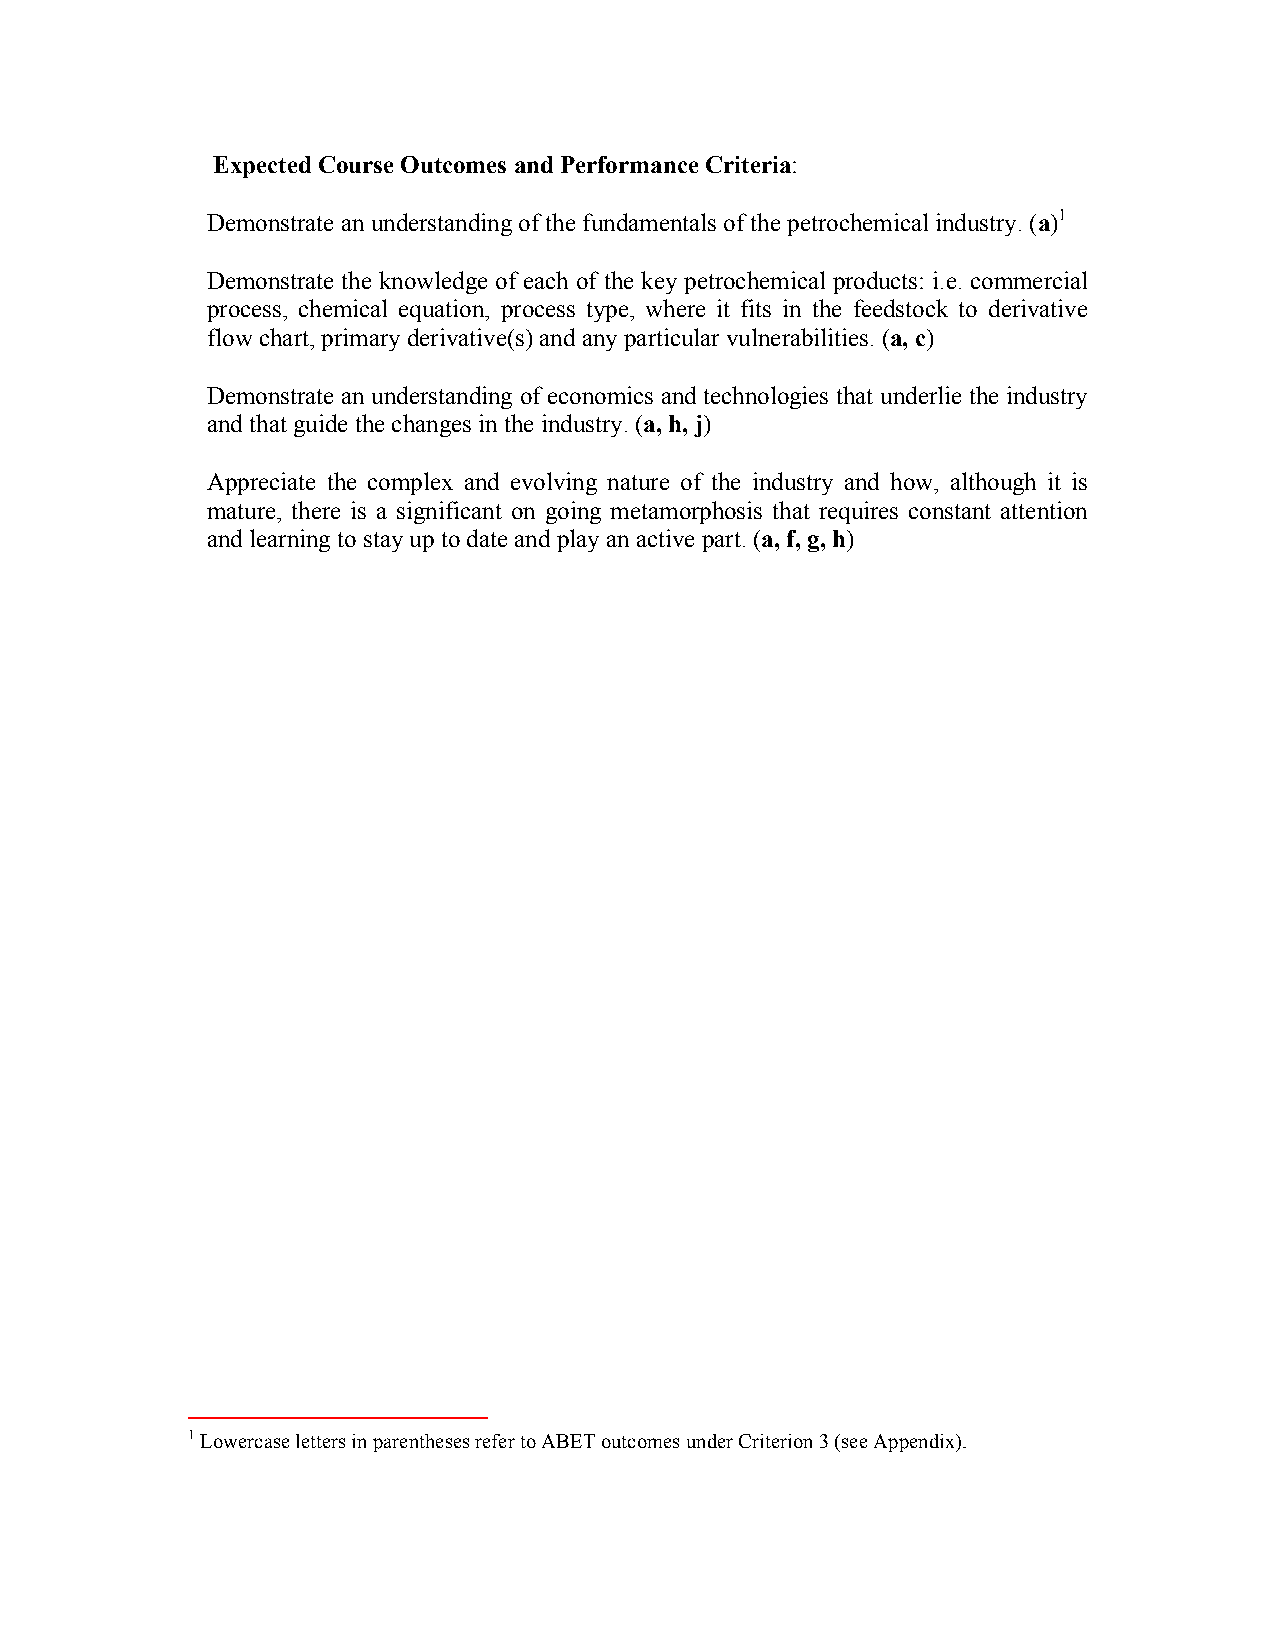
Expected Course Outcomes and Performance Criteria:
 Demonstrate an understanding of the fundamentals of the petrochemical industry. (a)1
 Demonstrate the knowledge of each of the key petrochemical products: i.e. commercial
 process, chemical equation, process type, where it fits in the feedstock to derivative
 flow chart, primary derivative(s) and any particular vulnerabilities. (a, c)
 Demonstrate an understanding of economics and technologies that underlie the industry
 and that guide the changes in the industry. (a, h, j)
 Appreciate the complex and evolving nature of the industry and how, although it is
 mature, there is a significant on going metamorphosis that requires constant attention
 and learning to stay up to date and play an active part. (a, f, g, h)
 1 Lowercase letters in parentheses refer to ABET outcomes under Criterion 3 (see Appendix).